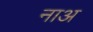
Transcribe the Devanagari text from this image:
नाअ